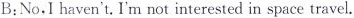
B:No.I haven't.I'm not interested in space travel.